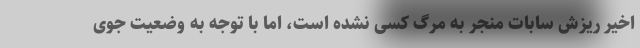
اخیر ریزش سابات منجر به مرگ کسی نشده است، اما با توجه به وضعیت جوی